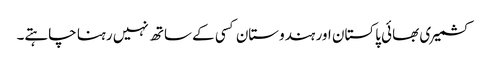
کشمیری بھائی پاکستان اور ہندوستان کسی کے ساتھ نہیں رہنا چاہتے۔